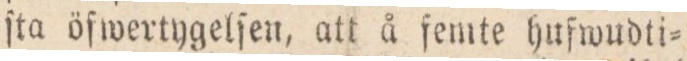
ſta öfwertygelſen, att å femte hufwudti=